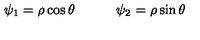
\psi _ { 1 } = \rho \cos \theta \qquad \quad \psi _ { 2 } = \rho \sin \theta